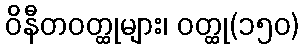
ဝိနီတဝတ္ထုများ၊ ဝတ္ထု(၁၅၀)